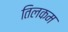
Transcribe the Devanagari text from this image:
तिलकम